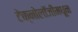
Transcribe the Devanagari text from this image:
टेक्नोलॉजीमधून